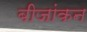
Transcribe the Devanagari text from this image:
बीजांकन